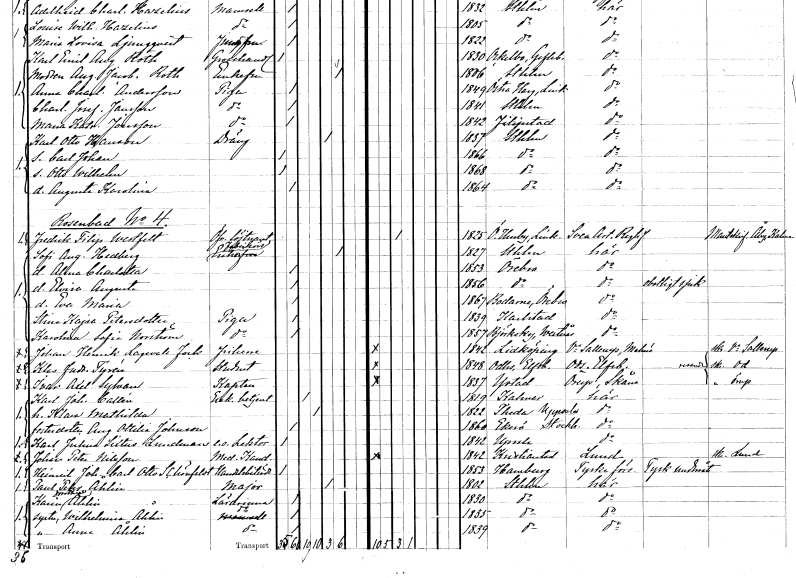
gt_parse: households: individuals: FN: Karl Otto
EN: Hansson
YRKE: Dräng
KON: M
CIV: E
FODAR: 1837
FODFORS: Stockholm
FN: Carl Johan
KON: M
CIV: O
FODAR: 1866
FODFORS: Stockholm
FN: Otto Wilhelm
KON: M
CIV: O
FODAR: 1868
FODFORS: Stockholm
FN: Augusta Karolina
KON: K
CIV: O
FODAR: 1864
FODFORS: Stockholm
FN: Fredrik Filip
EN: Westfelt
YRKE: Överstelöjtnant
KON: M
CIV: G
FODAR: 1825
FODFORS: Östra Husby Östergötlands län
FN: Sofi Augusta
EN: Hedberg
YRKE: Fabrikörsänka
KON: K
CIV: E
FODAR: 1827
FODFORS: Stockholm
FN: Alma Charlotta
KON: K
CIV: O
FODAR: 1853
FODFORS: Örebro Örebro län
FN: Elvira Augusta
KON: K
CIV: O
FODAR: 1856
FODFORS: Örebro Örebro län
FN: Eva Maria
KON: K
CIV: O
FODAR: 1867
FODFORS: Bodarne Örebro län
FN: Stina Kajsa
EN: Petersdotter
YRKE: Piga
KON: K
CIV: O
FODAR: 1839
FODFORS: Karlstad Värmlands län
FN: Karolina Sofia
EN: Norström
YRKE: Piga
KON: K
CIV: O
FODAR: 1857
FODFORS: Björskog Västmanlands län
FN: Johan Henrik
EN: Lagervall Fock
KON: M
CIV: O
FODAR: 1842
FODFORS: Lidköping Skaraborgs län
FN: Klas Fredrik
EN: Tyrén
YRKE: Student
KON: M
CIV: O
FODAR: 1848
FODFORS: Od Älvsborgs län
FN: Ivar Axel
EN: Sylvan
YRKE: Kapten
KON: M
CIV: O
FODAR: 1837
FODFORS: Ystad Malmöhus län
FN: Karl Johan
EN: Callén
YRKE: Exekutionsbetjänt
KON: M
CIV: G
FODAR: 1819
FODFORS: Kalmar Kalmar län
FN: Klara Mathilda
KON: K
CIV: G
FODAR: 1822
FODFORS: Teda Uppsala län
FN: Augusta Ottilia
EN: Johnson
KON: K
CIV: O
FODAR: 1860
FODFORS: Ekerö Stockholms län
FN: Karl Julius Sixtus
EN: Lundman
YRKE: Lektor e.o.
KON: M
CIV: O
FODAR: 1842
FODFORS: Uppsala Uppsala län
FN: Johan Peter
EN: Nilsson
YRKE: Medicine kandidat
KON: M
CIV: O
FODAR: 1842
FODFORS: Kristianstad Kristianstads län
FN: Heinrich Johan Carl Otto
EN: Schönfeldt
YRKE: Handelsbiträde
KON: M
CIV: O
FODAR: 1853
FN: Paul Peter
EN: Åhlin
YRKE: Major
KON: M
CIV: E
FODAR: 1802
FODFORS: Stockholm
FN: Karin Dorothea
EN: Åhlin
YRKE: Lärarinna
KON: K
CIV: O
FODAR: 1830
FODFORS: Stockholm
FN: Wilhelmina
EN: Åhlin
YRKE: Lärarinna
KON: K
CIV: O
FODAR: 1835
FODFORS: Stockholm
FN: Anna
EN: Åhlin
YRKE: Lärarinna
KON: K
CIV: O
FODAR: 1839
FODFORS: Stockholm